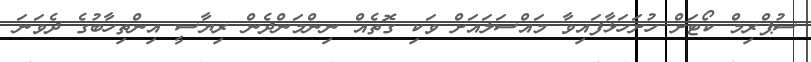
ސުޕްރިމް ކޯޓަށް ހުށަހަޅާފައިވާ މައްސަލައަށް ވަކި ގޮތެއް ނިންމަންދެން ރިޔާސީ އިންތިހާބުގެ ދެވަނަ